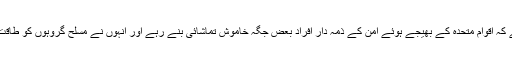
ایمنیسٹی انٹرنیشنل نے دعویٰ کیا ہے کہ اقوام متحدہ کے بھیجے ہوئے امن کے ذمہ دار افراد بعض جگہ خاموش تماشائی بنے رہے اور انہوں نے مسلح گروہوں کو طاقت کے خلا کو پُر کرنے کا موقع دیا ۔